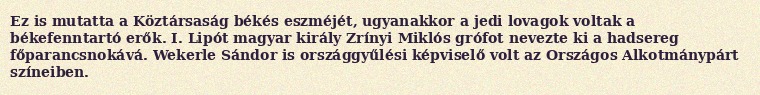
Ez is mutatta a Köztársaság békés eszméjét, ugyanakkor a jedi lovagok voltak a békefenntartó erők. I. Lipót magyar király Zrínyi Miklós grófot nevezte ki a hadsereg főparancsnokává. Wekerle Sándor is országgyűlési képviselő volt az Országos Alkotmánypárt színeiben.